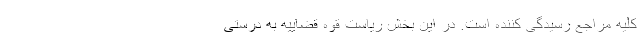
کلیه مراجع رسیدگی کننده است. در این بخش ریاست قوه قضاییه به درستی